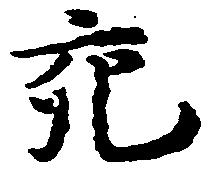
充